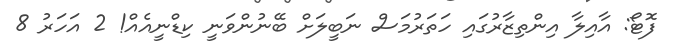
ފޮޓޯ: އާއިލާ އިންތިޒާރުގައި ހަތަރުމަސް ނަބީލަށް ބޭނުންވަނީ ކިޑްނީއެއް! 2 އަހަރު 8